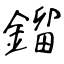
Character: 鎦